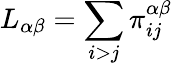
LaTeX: L_{\alpha\beta}=\sum_{i>j}\pi_{ij}^{\alpha\beta}